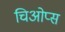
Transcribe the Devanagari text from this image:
चिओप्स